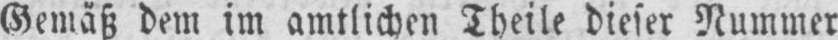
Gemäß dem im amtlichen Theile dieser Nummer